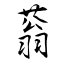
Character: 蓊